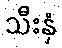
သီးနှံ